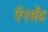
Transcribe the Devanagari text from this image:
एँश्येंट